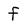
Character: f